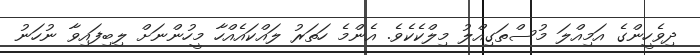
ދިވެހީންގެ އަމިއްލަ މުސްތަގިއްލު މިލްކެކެވެ. އެންމެ ހަތަރު ލައްކައެއްހާ މީހުންނަށް ލިބިފައިވާ ނުހަނު